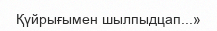
Қүйрығымен шылпыдцап...»